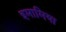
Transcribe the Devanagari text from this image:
इमामिया